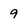
Character: 9